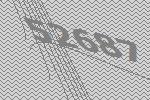
52687